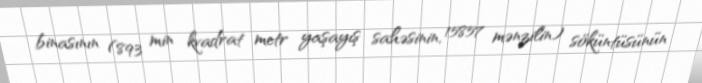
binasının (893 min kvadrat metr yaşayış sahəsinin, 15857 mənzilin) söküntüsünün